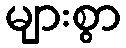
များစွာ